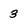
Character: 3